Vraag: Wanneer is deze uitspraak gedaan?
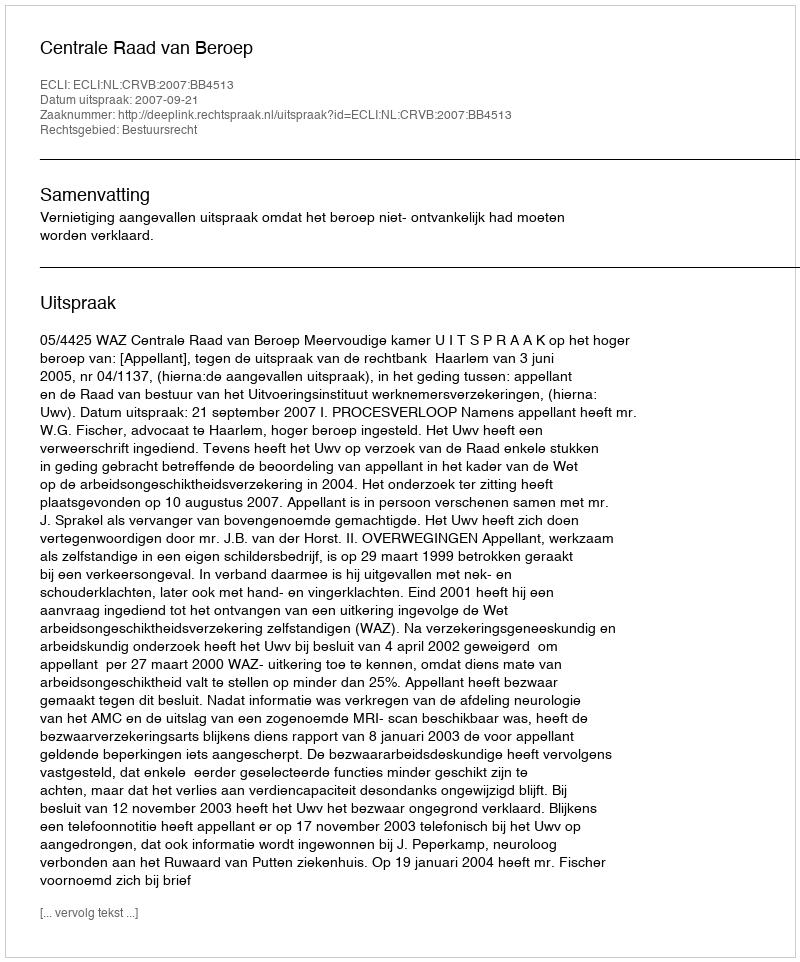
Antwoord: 2007-09-21